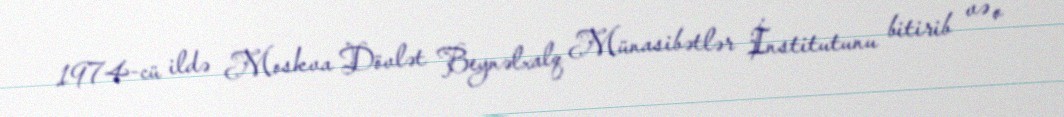
1974-cü ildə Moskva Dövlət Beynəlxalq Münasibətlər İnstitutunu bitirib və o